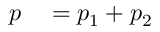
\begin{array} { r l } { p } & { { } = p _ { 1 } + p _ { 2 } } \end{array}